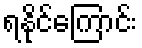
ရနိုင်ကြောင်း